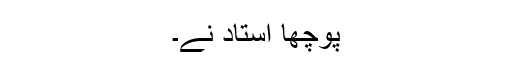
پوچھا استاد نے۔